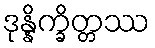
ဒုန္နိက္ခိတ္တဿ